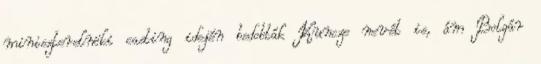
miniszterelnöki casting idején bedobták Kuncze nevét is, ám Bolgár